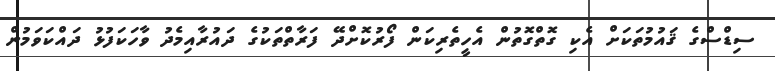
ސިޑްސްގެ ޤައުމުތަކަށް އެކި ގޮތްގޮތުން އެހީތެރިކަން ފޯރުކޮށްދޭ ފަރާތްތަކުގެ ދައުރާއިމެދު ވާހަކަފުޅު ދައްކަވަމުން